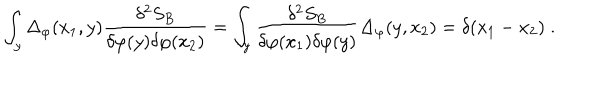
\int _ { y } \Delta _ { \varphi } ( x _ { 1 } , y ) \frac { \delta ^ { 2 } S _ { B } } { \delta \varphi ( y ) \delta \varphi ( x _ { 2 } ) } = \int _ { y } \frac { \delta ^ { 2 } S _ { B } } { \delta \varphi ( x _ { 1 } ) \delta \varphi ( y ) } \Delta _ { \varphi } ( y , x _ { 2 } ) = \delta ( x _ { 1 } - x _ { 2 } ) \; .